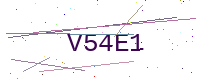
Text: V54E1